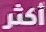
أكثر